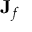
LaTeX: \mathbf { J } _ { f }